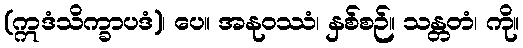
(ဣဒံသိက္ခာပဒံ)၊ ပေ။ အနုဝဿံ၊ နှစ်စဉ်။ သန္တတံ၊ ကို။